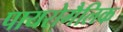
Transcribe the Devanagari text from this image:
पायरोगैलिक